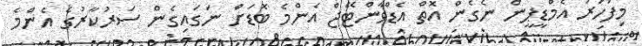
މިފަހަރު އެމްޑީޕީން ނެގެން އޮތް އެޑްވާންޓޭޖް އެންމެ ބޮޑަށް ނަގައިގެން ސަރުކާރުގެ އެންމެ